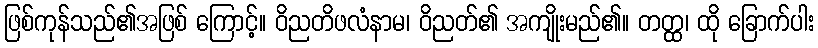
ဖြစ်ကုန်သည်၏အဖြစ် ကြောင့်။ ဝိညတိဖလံနာမ၊ ဝိညတ်၏ အကျိုးမည်၏။ တတ္ထ၊ ထို ခြောက်ပါး